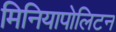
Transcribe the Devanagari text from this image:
मिनियापोलिटन